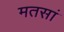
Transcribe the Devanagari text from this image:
मतसां